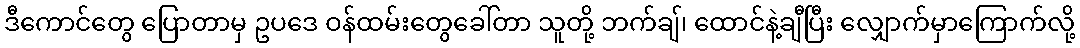
ဒီကောင်တွေ ပြောတာမှ ဥပဒေ ဝန်ထမ်းတွေခေါ်တာ သူတို့ ဘက်ချ်၊ ထောင်နဲ့ချီပြီး လျှောက်မှာကြောက်လို့